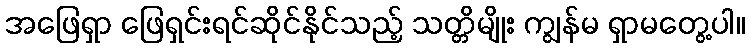
အဖြေရှာ ဖြေရှင်းရင်ဆိုင်နိုင်သည့် သတ္တိမျိုး ကျွန်မ ရှာမတွေ့ပါ။